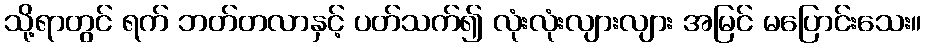
သို့ရာတွင် ရက် ဘတ်တလာနှင့် ပတ်သက်၍ လုံးလုံးလျားလျား အမြင် မပြောင်းသေး။